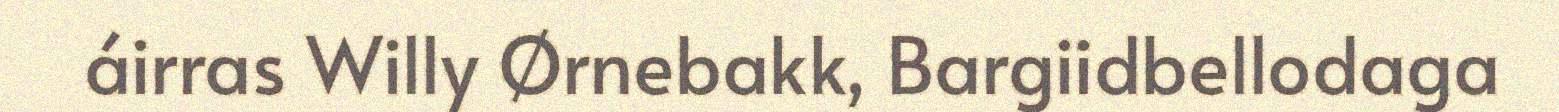
áirras Willy Ørnebakk, Bargiidbellodaga